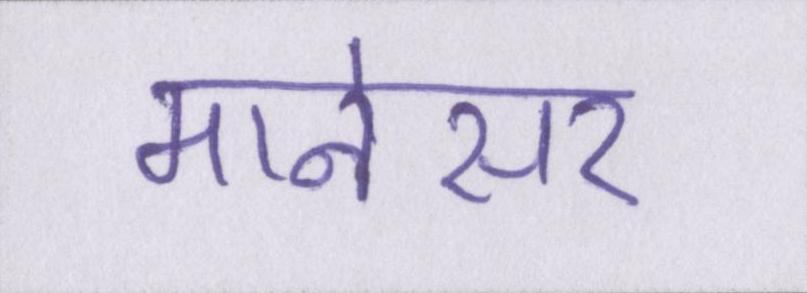
मानेसर